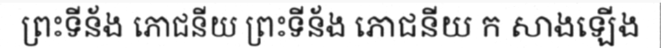
ព្រះទីន័ង ភោជនីយ ព្រះទីន័ង ភោជនីយ ក សាងឡើង